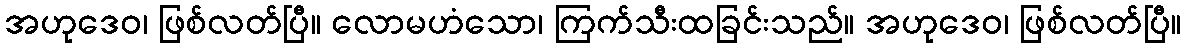
အဟုဒေဝ၊ ဖြစ်လတ်ပြီ။ လောမဟံသော၊ ကြက်သီးထခြင်းသည်။ အဟုဒေဝ၊ ဖြစ်လတ်ပြီ။